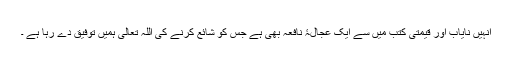
انہیں نایاب اور قیمتی کتب میں سے ایک عجالۂ نافعہ بھی ہے جس کو شائع کرنے کی اللہ تعالی ہمیں توفیق دے رہا ہے ۔